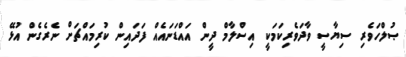
ޞުލްހަވެރި ސިޔާސީ ވާދަވެރިކަމަކީ އިސްލާމް ދީން އައްޑަނައެއް ފަދައިން ކުރިމައްޗަށް ނެރެގެން އުޅޭ